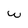
Character: w